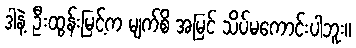
ဒါနဲ့ ဦးထွန်းမြင့်က မျက်စိ အမြင် သိပ်မကောင်းပါဘူး။